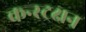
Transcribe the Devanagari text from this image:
कन्स्ट्रक्षन